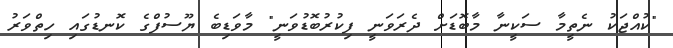
"ކުއްޖަކު ނެތީމާ ސަކީނާ މާބޮޑަށް ދެރަވަނީ ފިކުރުބޮޑުވަނީ" މާވަޑިބެ ޔޫސުފްގެ ކޮނޑުގައި ހިތްވަރު